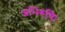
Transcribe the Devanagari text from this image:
अभिरूचि।